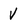
Character: v